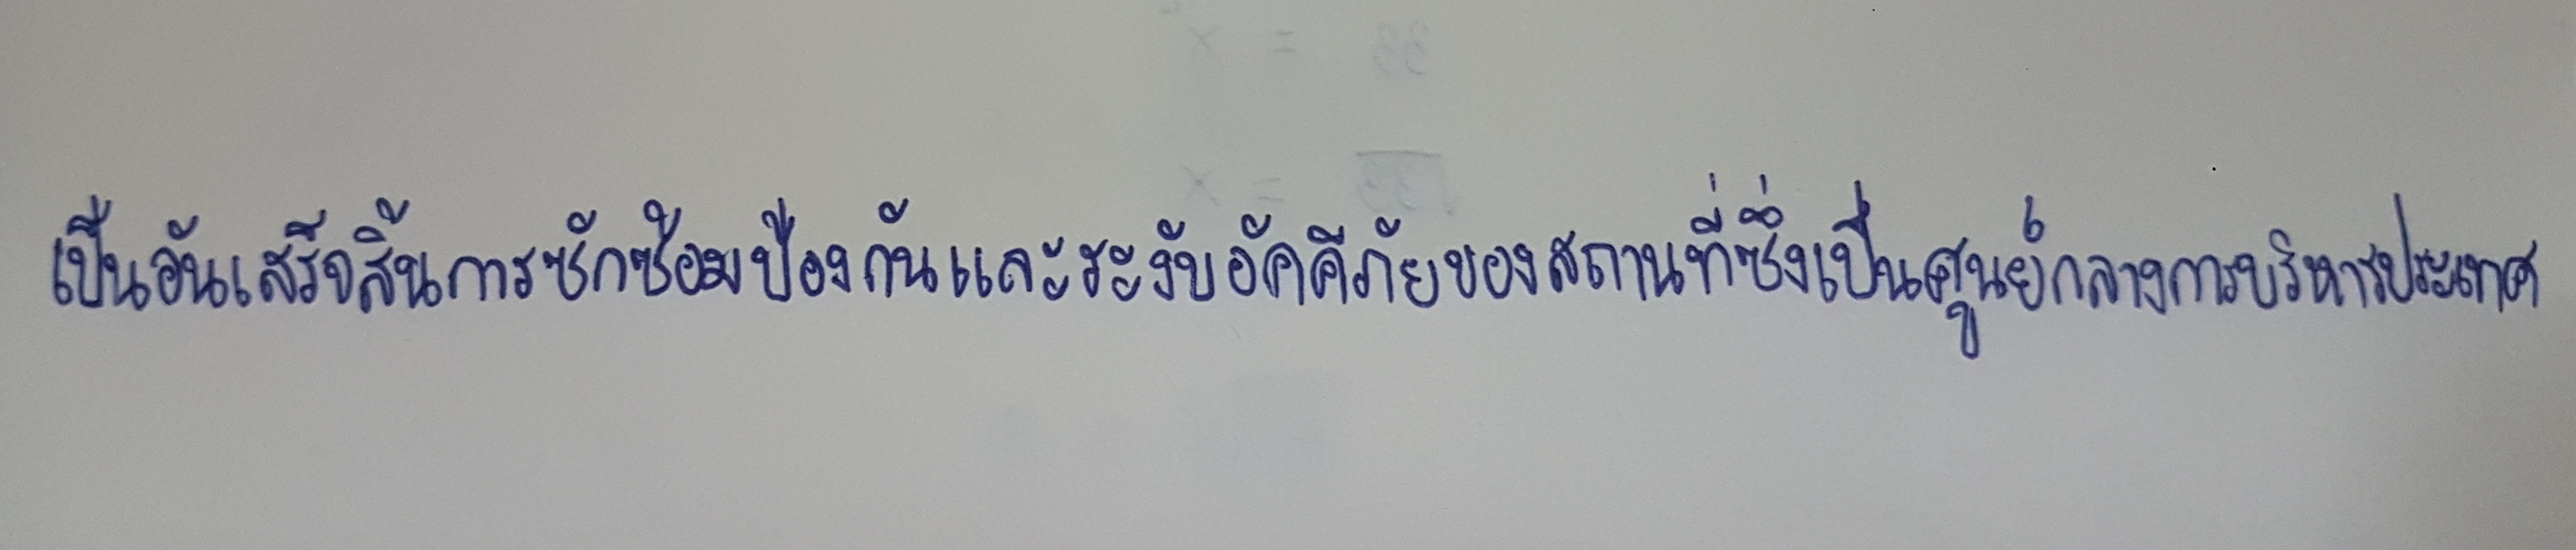
เป็นอันเสร็จสิ้นการซักซ้อมป้องกันและระงับอัคคีภัยของสถานที่ซึ่งเป็นศูนย์กลางการบริหารประเทศ